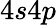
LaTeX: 4s4p